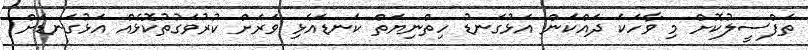
ތަފްސީލުކޮށް މި ވާހަކަ ދައްކަން އަޅުގަނޑު ހިތްނިޔަތް ކަނޑައެޅި ވަރަށް ކުރުވަގުތުކޮޅެއް އަޅުގަނޑަށް